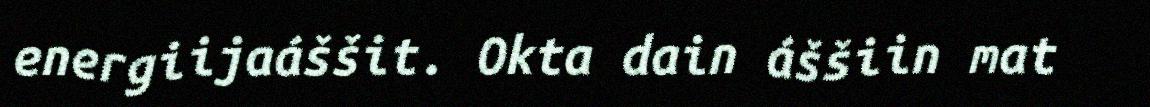
energiijaáššit. Okta dain áššiin mat